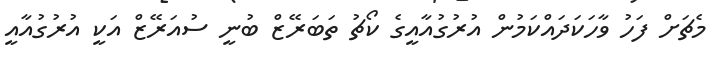
މެޗަށް ފަހު ވާހަކަދައްކަމުން އުރުގުއާއީގެ ކޯޗު ތަބަރޭޒް ބުނީ ސުއަރޭޒް އަކީ އުރުގުއާއީ